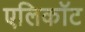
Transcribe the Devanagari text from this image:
एलिकॉट